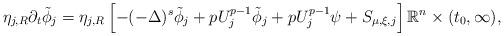
LaTeX: \begin{align*}\eta_{j, R}\partial_t\tilde{\phi}_j = \eta_{j, R}\left[-(-\Delta)^s\tilde{\phi}_j + pU_j^{p-1}\tilde{\phi}_j + pU_j^{p-1}\psi + S_{\mu, \xi, j}\right]\mathbb{R}^n\times (t_0, \infty),\end{align*}